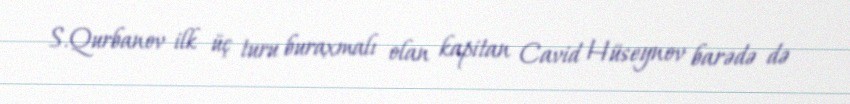
S.Qurbanov ilk üç turu buraxmalı olan kapitan Cavid Hüseynov barədə də